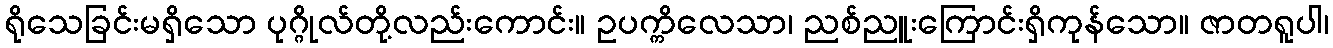
ရိုသေခြင်းမရှိသော ပုဂ္ဂိုလ်တို့လည်းကောင်း။ ဥပက္ကိလေသာ၊ ညစ်ညူးကြောင်းရှိကုန်သော။ ဇာတရူပါ၊